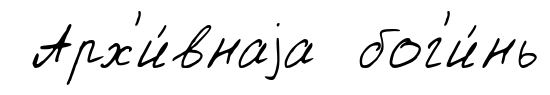
Арх'и́внаjа бог'и́нь